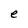
Character: e